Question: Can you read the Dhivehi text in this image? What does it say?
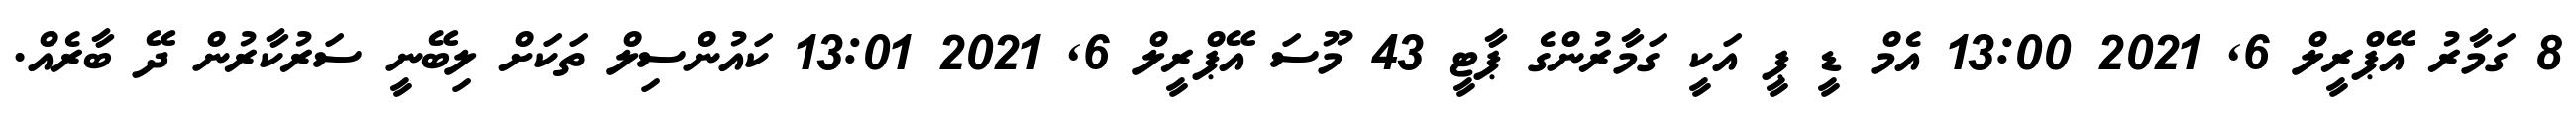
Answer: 8 ގަމާރު އޭޕްރީލް 6, 2021 13:00 އެމް ޑީ ޕީ އަކީ ގަމާރުންގެ ޕާޓީ 43 މޫސަ އޭޕްރީލް 6, 2021 13:01 ކައުންސިލް ތަކަށް ލިބޭނީ ސަރުކާރުން ދޭ ބާރެއް.